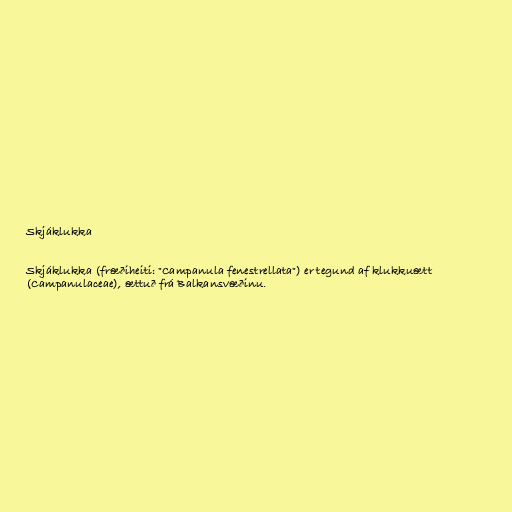
Skjáklukka

Skjáklukka (fræðiheiti: "Campanula fenestrellata") er tegund af klukkuætt
(Campanulaceae), ættuð frá Balkansvæðinu.